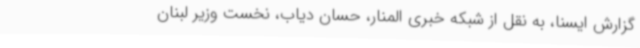
گزارش ایسنا، به نقل از شبکه خبری المنار، حسان دیاب، نخست وزیر لبنان